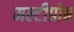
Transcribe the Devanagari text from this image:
मल्टीप्रोब